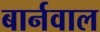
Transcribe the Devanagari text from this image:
बार्नवाल